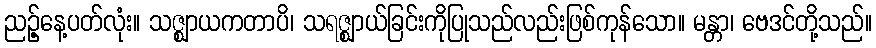
ညဉ့်နေ့ပတ်လုံး။ သဇ္ဈာယကတာပိ၊ သရဇ္ဈာယ်ခြင်းကိုပြုသည်လည်းဖြစ်ကုန်သော။ မန္တာ၊ ဗေဒင်တို့သည်။